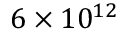
6 \times 1 0 ^ { 1 2 }